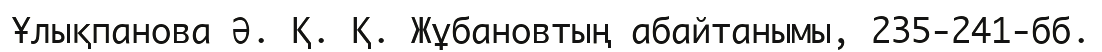
Ұлықпанова Ә. Қ. Қ. Жұбановтың абайтанымы, 235-241-бб.